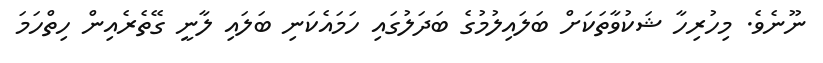
ނޫނެވެ. މިހުރިހާ ޝަކުވާތަކަށް ބަލައިލުމުގެ ބަދަލުގައި ހަމައެކަނި ބަލައި ލާނީ ގޭތެރެއިން ހިތްހަމަ